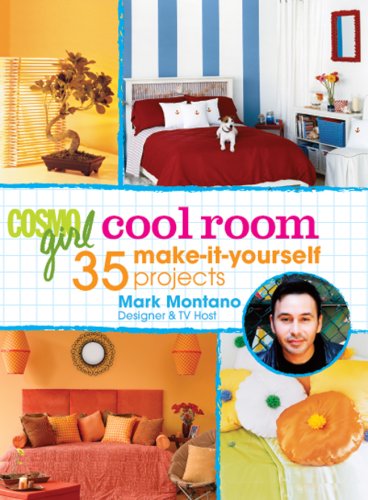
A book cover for CosmoGIRL Cool Room: 35 Make-It-Yourself Projects; Mark Montano; Teen & Young Adult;